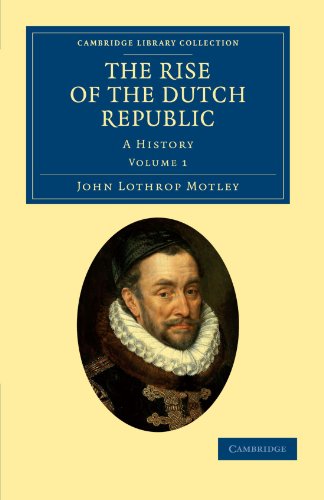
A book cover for The Rise of the Dutch Republic: A History (Cambridge Library Collection - European History); John Lothrop Motley; History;